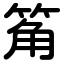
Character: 䇶